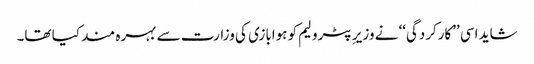
شاید اسی ’’کارکردگی‘‘ نے وزیر ِپٹرولیم کو ہوابازی کی وزارت سے بہرہ مند کیا تھا۔